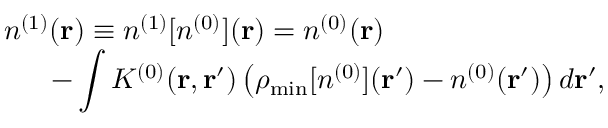
\begin{array} { l } { { \displaystyle n ^ { ( 1 ) } ( { \bf r } ) \equiv n ^ { ( 1 ) } [ n ^ { ( 0 ) } ] ( { \bf r } ) = n ^ { ( 0 ) } ( { \bf r } ) } \ ~ } \\ { { \displaystyle ~ ~ ~ ~ ~ - \int K ^ { ( 0 ) } ( { \bf r , r ^ { \prime } } ) \left( \rho _ { \mathrm { m i n } } [ n ^ { ( 0 ) } ] ( { \bf r ^ { \prime } } ) - n ^ { ( 0 ) } ( { \bf r ^ { \prime } } ) \right) d { \bf r ^ { \prime } } } , } \end{array}